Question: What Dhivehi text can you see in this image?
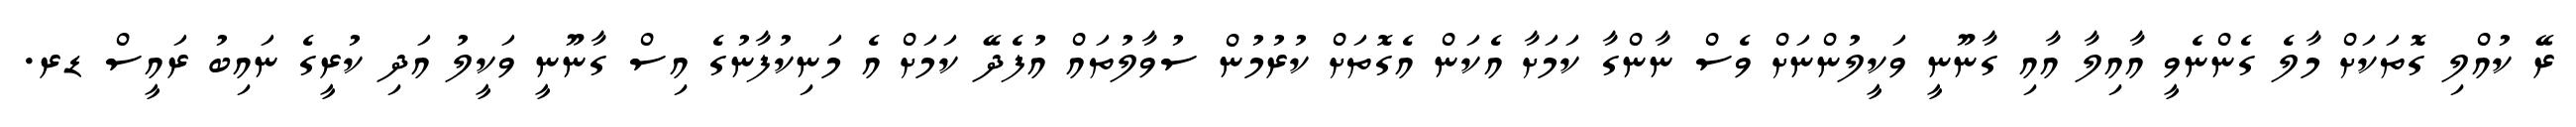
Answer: ރޭ ކުއްލި ގޮތަކަށް މާލެ ގެންނެވީ އާއިލާ އާއި ގާނޫނީ ވަކީލުންނަށް ވެސް ނާންގާ ކަމަށާ އެކަން އެގޮތަށް ކުރުމުން ސުވާލުތައް އުފެދޭ ކަމަށް އެ މަނިކުފާނުގެ އިސް ގާނޫނީ ވަކީލު އަދި ކުރީގެ ނައިބު ރައީސް ޑރ.